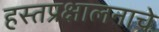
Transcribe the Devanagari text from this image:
हस्तप्रक्षालनाचे